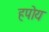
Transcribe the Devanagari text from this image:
हपोय